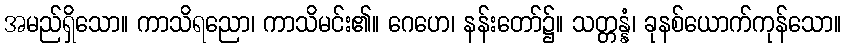
အမည်ရှိသော။ ကာသိရညော၊ ကာသိမင်း၏။ ဂေဟေ၊ နန်းတော်၌။ သတ္တန္နံ၊ ခုနစ်ယောက်ကုန်သော။